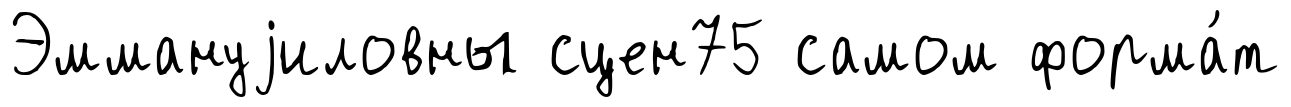
Эммануjиловны сцен75 самом форма́т